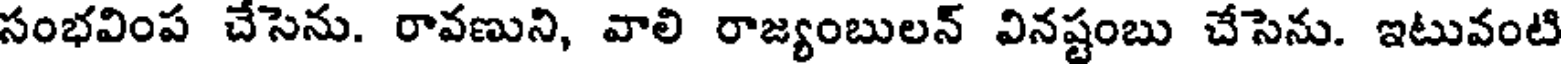
సంభవింప చేసెను. రావణుని, వాలి రాజ్యంబులన్ వినష్టంబు చేసెను. ఇటువంటి